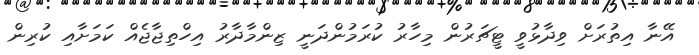
އޭނާ އިތުރަށް ވިދާޅުވީ ޓީޗަރުން މިހާރު ކުރަމުންދަނީ ޒިންމާދާރު އިހްތިޖާޖެއް ކަމަށާއި ކުރިން